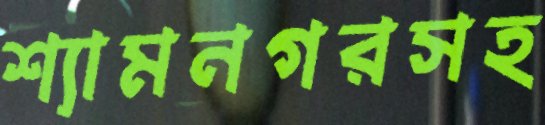
শ্যামনগরসহ